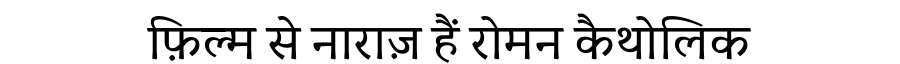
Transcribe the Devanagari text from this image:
फ़िल्म से नाराज़ हैं रोमन कैथोलिक